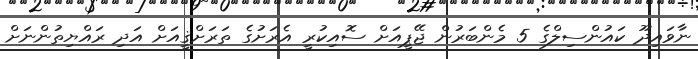
ނާވައިދޫ ކައުންސިލްގެ 5 މެންބަރުން ޖޭޕީއަށް ސޮއިކުރީ އެރަށުގެ ތަރަށްޤީއަށް އަދި ރައްޔިތުންނަށް